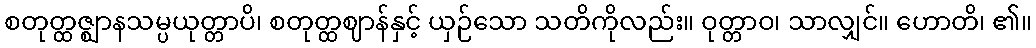
စတုတ္ထဇ္ဈာနသမ္ပယုတ္တာပိ၊ စတုတ္ထဈာန်နှင့် ယှဉ်သော သတိကိုလည်း။ ဝုတ္တာဝ၊ သာလျှင်။ ဟောတိ၊ ၏။